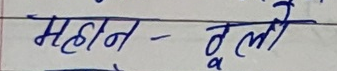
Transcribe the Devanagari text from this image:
महान - ठुलो